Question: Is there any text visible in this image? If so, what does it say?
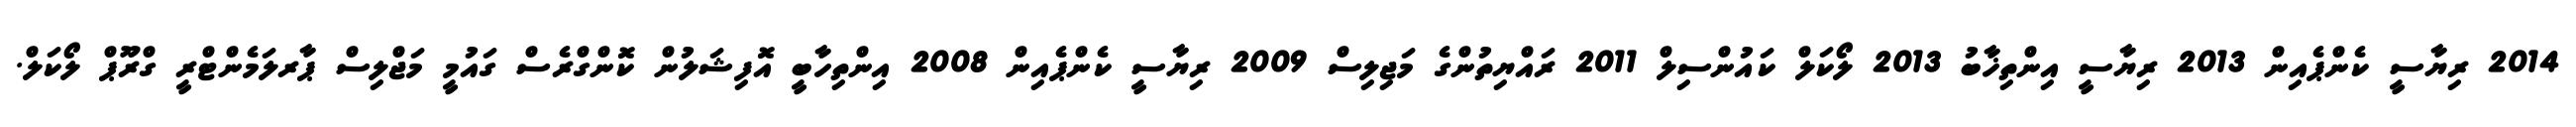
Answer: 2014 ރިޔާސީ ކެންޕެއިން 2013 ރިޔާސީ އިންތިޚާބު 2013 ލޯކަލް ކައުންސިލް 2011 ރައްޔިތުންގެ މަޖިލިސް 2009 ރިޔާސީ ކެންޕެއިން 2008 އިންތިހާބީ އޮފިޝަލުން ކޮންގްރެސް ގައުމީ މަޖްލިސް ޕާރލަމެންޓްރީ ގްރޫޕް ލޯކަލް.